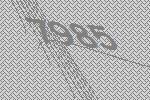
7985